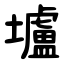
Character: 壚